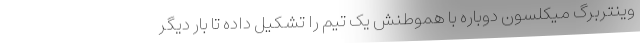
وینتربرگ میکلسون دوباره با هموطنش یک تیم را تشکیل داده تا بار دیگر